Trukikaitis_Postimees, lk 502
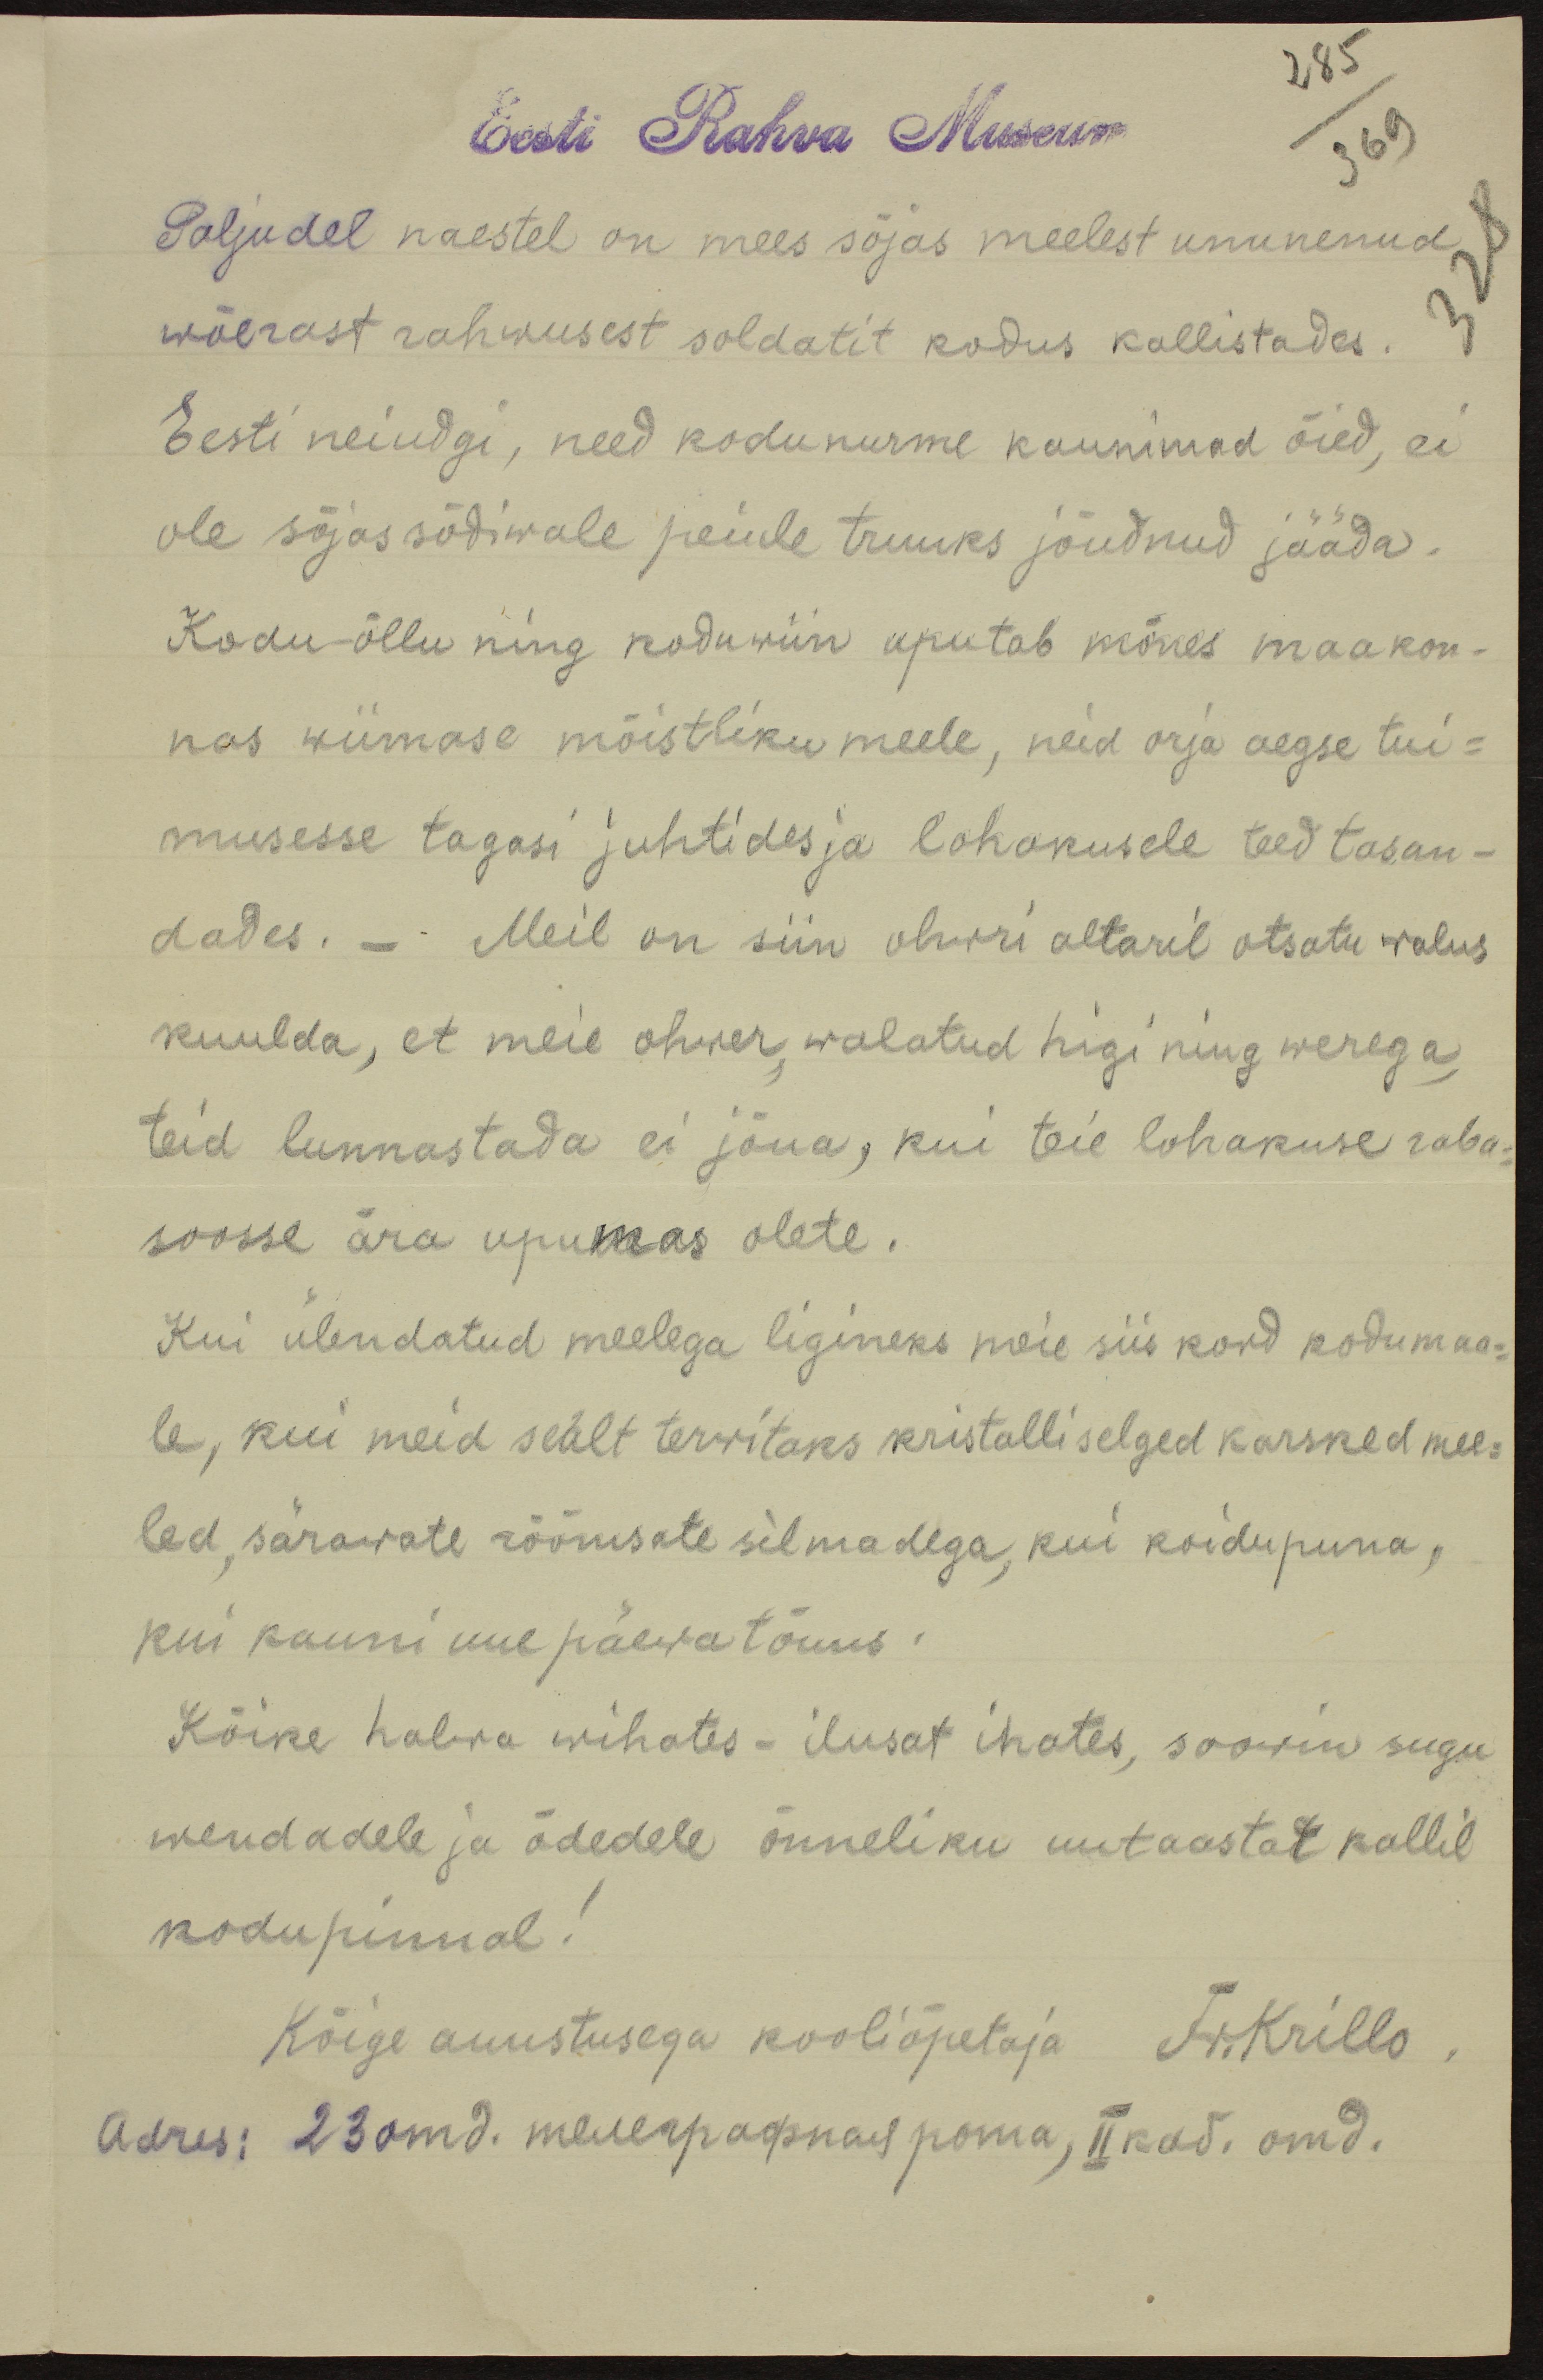
Eesti Rahva Museum
285/369
Paljudel naestel on mees sõjas meelest ununenud
wõerast rahwusest soldatit kodus kallistades.
Eesti neiudgi, need kodunurme kaunimad õied, ei
ole sõjas sõdiwale peiule truuks jõudnud jääda.
Kodu-õllu ning koduwiin uputab mõnes maakon-
nas wiimase mõistliku meele, neid orja aegse tui-
musesse tagasi juhtides ja lohakusele teed tasan-
dades. - Meil on siin ohvri altaril otsatu walus
kuulda, et meie ohwer, walatud higi ning werega,
teid lunnastada ei jõua, kui teie lohakuse raba-
soosse ära upumas olete.
Kui ülendatud meelega ligineks meie siis kord kodumaa-
le, kui meid sealt tervitaks kristalliselged karsked mee-
led, särawate rõõmsate silmadega, kui koidupuna,
kui kauni uue päewa tõuus.
Kõike halwa wihates - ilusat ihates, soovin sugu
wendadele ja õdedele õnneliku uutaastat kallil
kodupinnal!
Kõige auustusega kooliõpetaja Fr.Krillo
Adres: 23omd. meiserpagunas poma, II kas. oma.